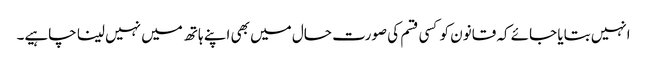
انہیں بتایا جائے کہ قانون کو کسی قسم کی صورت حال میں بھی اپنے ہاتھ میں نہیں لینا چاہیے۔